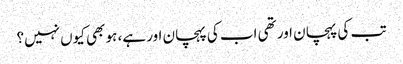
تب کی پہچان اور تھی اب کی پہچان اور ہے، ہو بھی کیوں نہیں؟